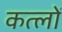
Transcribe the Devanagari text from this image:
कत्लों